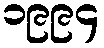
၁၉၉၄